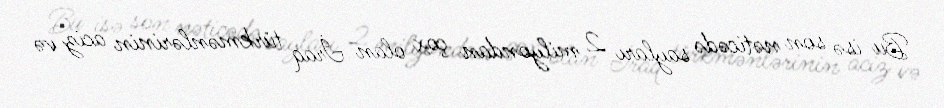
Bu isə son nəticədə sayları 2 milyondan çox olan İraq türkmənlərinin aciz və